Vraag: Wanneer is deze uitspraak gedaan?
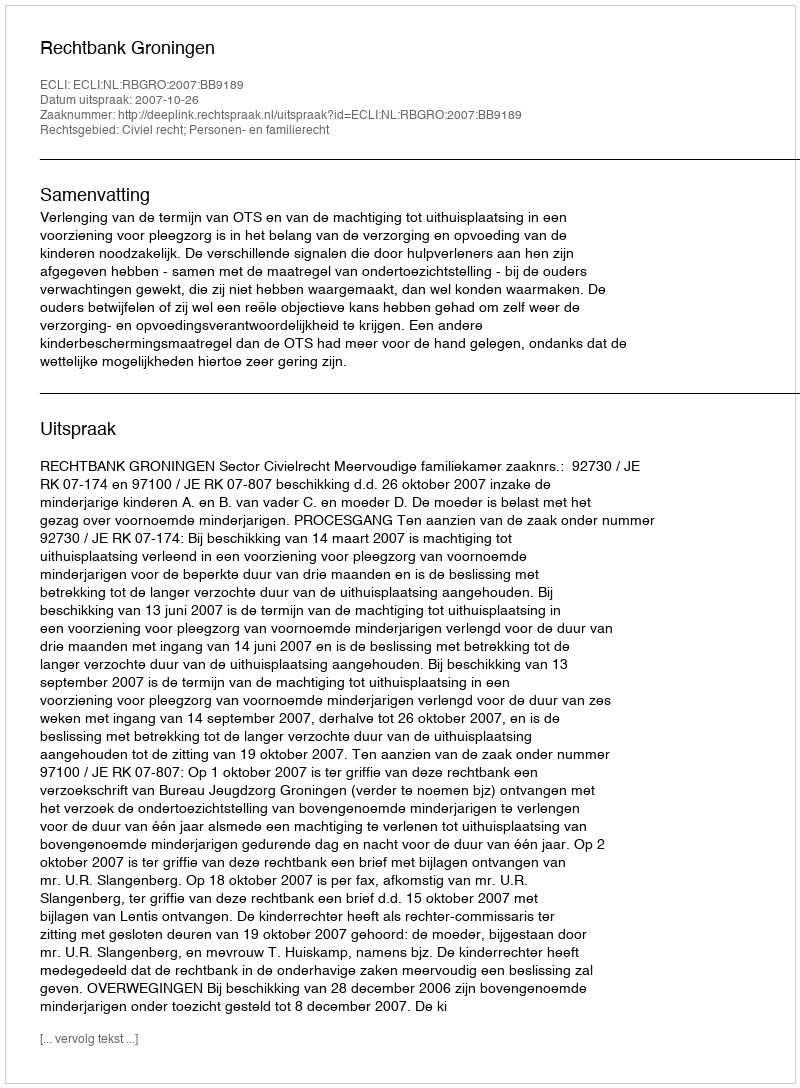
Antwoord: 2007-10-26